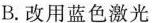
B. 改用蓝色激光